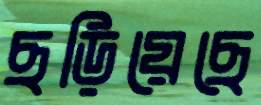
ছড়িয়েছে